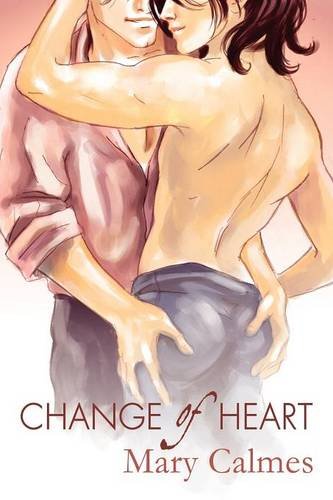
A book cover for Change of Heart; Mary Calmes; Romance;